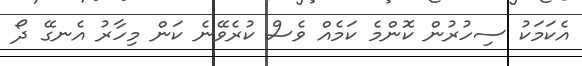
އެކަމަކު ސިހުރުން ކޮންމެ ކަމެއް ވެސް ކުރެވޭނެ ކަން މިހާރު އެނގޭ ދޯ